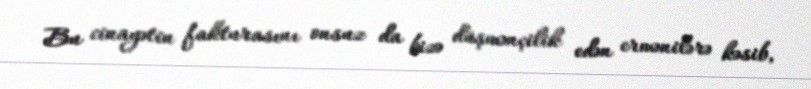
Bu cinayətin fakturasını onsuz da bizə düşmənçilik edən ermənilərə kəsib,